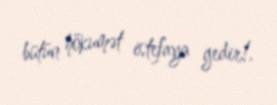
bütün hökumət istefaya gedir!.